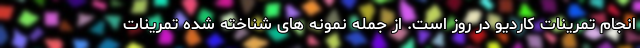
انجام تمرینات کاردیو در روز است. از جمله نمونه های شناخته شده تمرینات